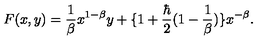
F ( x , y ) = \frac { 1 } { \beta } x ^ { 1 - \beta } y + \{ 1 + \frac { \hbar } { 2 } ( 1 - \frac { 1 } { \beta } ) \} x ^ { - \beta } .